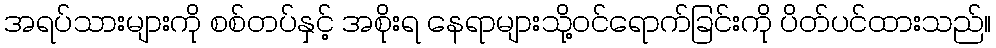
အရပ်သားများကို စစ်တပ်နှင့် အစိုးရ နေရာများသို့ဝင်ရောက်ခြင်းကို ပိတ်ပင်ထားသည်။